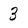
Character: 3